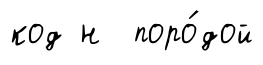
код н поро́дой